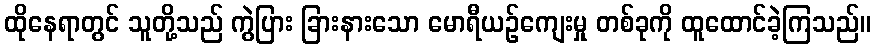
ထိုနေရာတွင် သူတို့သည် ကွဲပြား ခြားနားသော မောရီယဉ်ကျေးမှု တစ်ခုကို ထူထောင်ခဲ့ကြသည်။